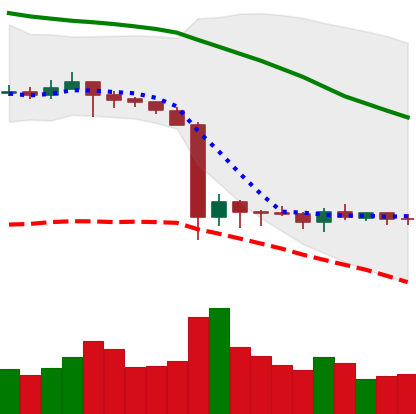
Ticker: ETC-USD
Chart end date: 2019-10-04
Forward return: 9.924%
Label: up_7plus